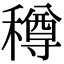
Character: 𥢎